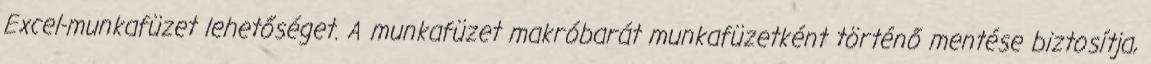
Excel-munkafüzet lehetőséget. A munkafüzet makróbarát munkafüzetként történő mentése biztosítja,